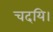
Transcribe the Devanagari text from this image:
चदयि।